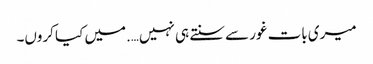
میری بات غور سے سنتے ہی نہیں….میں کیا کروں۔